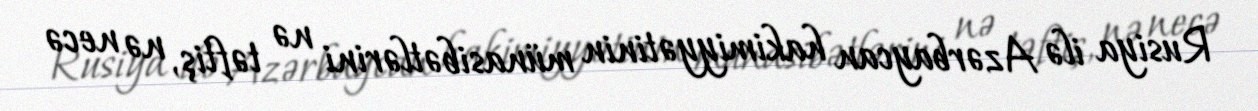
Rusiya ilə Azərbaycan hakimiyyətinin münasibətlərini nə təftiş, nə necə